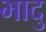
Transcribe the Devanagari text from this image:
भादु